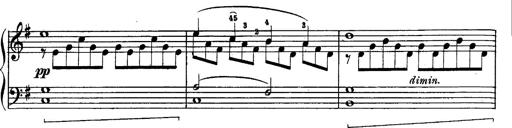
Title: Schubert's Impromptus [revised and edited by Franz Liszt]
Composer: Franz Liszt